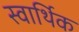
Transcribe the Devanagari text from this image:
स्वार्थिक